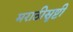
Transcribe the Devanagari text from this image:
मराठीसृष्टी